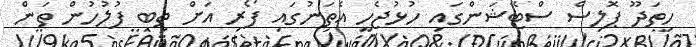
ހިތަދޫ ޕޮލިސް ސްޓޭޝަންގައި ހުޅުޖެހީ އެތަނުގައި ފޯރި އަށް ތިބި ފުލުހުން ތަން